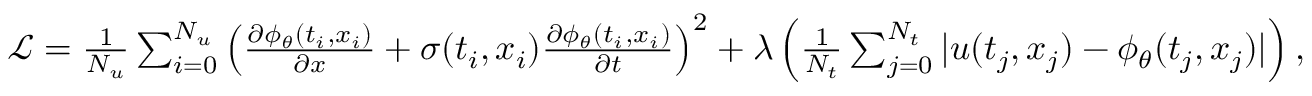
\begin{array} { r } { \mathcal { L } = \frac { 1 } { N _ { u } } \sum _ { i = 0 } ^ { N _ { u } } \left( \frac { \partial \phi _ { \theta } ( t _ { i } , x _ { i } ) } { \partial x } + \sigma ( t _ { i } , x _ { i } ) \frac { \partial \phi _ { \theta } ( t _ { i } , x _ { i } ) } { \partial t } \right) ^ { 2 } + \lambda \left( \frac { 1 } { N _ { t } } \sum _ { j = 0 } ^ { N _ { t } } | u ( t _ { j } , x _ { j } ) - \phi _ { \theta } ( t _ { j } , x _ { j } ) | \right) , } \end{array}